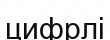
цифрлі